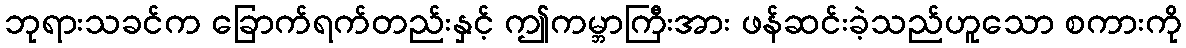
ဘုရားသခင်က ခြောက်ရက်တည်းနှင့် ဤကမ္ဘာကြီးအား ဖန်ဆင်းခဲ့သည်ဟူသော စကားကို